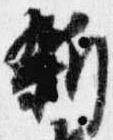
新